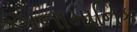
એનામોનિક